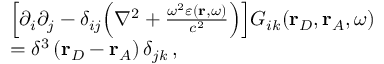
\begin{array} { r l } & { \Big [ \partial _ { i } \partial _ { j } - \delta _ { i j } \Big ( \nabla ^ { 2 } + \frac { \omega ^ { 2 } \varepsilon ( \mathbf { r } , \omega ) } { c ^ { 2 } } \Big ) \Big ] G _ { i k } ( \mathbf { r } _ { D } , \mathbf { r } _ { A } , \omega ) } \\ & { = \delta ^ { 3 } \left( \mathbf { r } _ { D } - \mathbf { r } _ { A } \right) \delta _ { j k } \, , } \end{array}